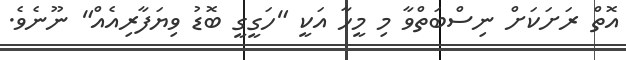
އޮތް ރަށަކަށް ނިސްބަތްވާ މި މީހާ އަކީ "ހަގީގީ ބޮޑު ވިޔަފާރިއެއް" ނޫނެވެ.